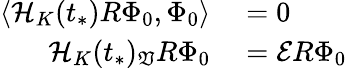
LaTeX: \begin{array}{rl}{\langle\mathcal{H}_{K}(t_{*})R\Phi_{0},\Phi_{0}\rangle}&{{}=0}\\ {\mathcal{H}_{K}(t_{*})_{\mathfrak{V}}R\Phi_{0}}&{{}=\mathcal{E}R\Phi_{0}}\end{array}